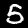
Digit: 5